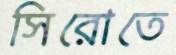
সিরোতে